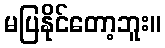
မပြနိုင်တော့ဘူး။